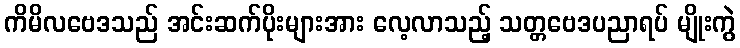
ကိမိလဗေဒသည် အင်းဆက်ပိုးများအား လေ့လာသည့် သတ္တဗေဒပညာရပ် မျိုးကွဲ